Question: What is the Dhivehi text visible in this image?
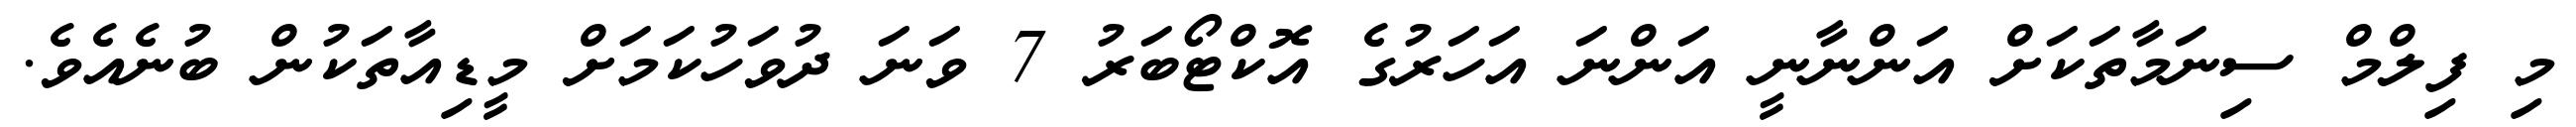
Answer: މި ފިލްމް ސިނަމާތަކަށް އަންނާނީ އަންނަ އަހަރުގެ އޮކްޓޯބަރު 7 ވަނަ ދުވަހުކަމަށް މީޑިއާތަކުން ބުނެއެވެ.